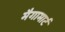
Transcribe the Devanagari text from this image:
मैगामार्ट